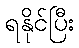
ရနိုင်ပြီး